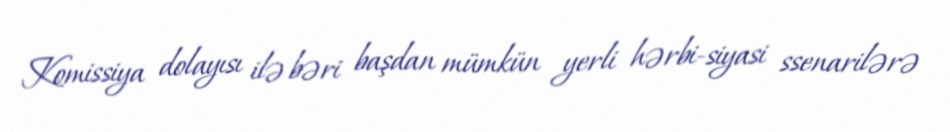
Komissiya dolayısı ilə bəri başdan mümkün yerli hərbi-siyasi ssenarilərə